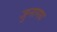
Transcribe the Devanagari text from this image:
जुनागध